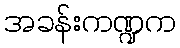
အခန်းကဏ္ဍက